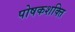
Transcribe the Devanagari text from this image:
पोषकशक्ति